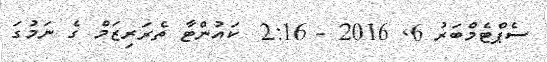
ސެޕްޓެމްބަރު 6